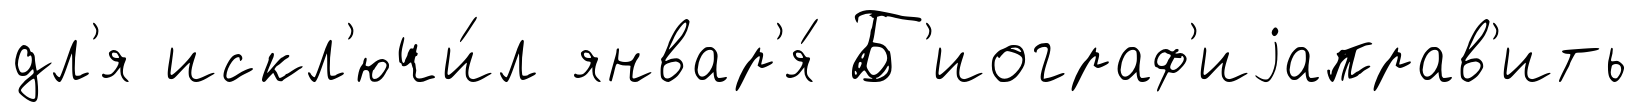
дл'я искл'ючи́л январ'я́ Б'иограф'иjаправ'ить